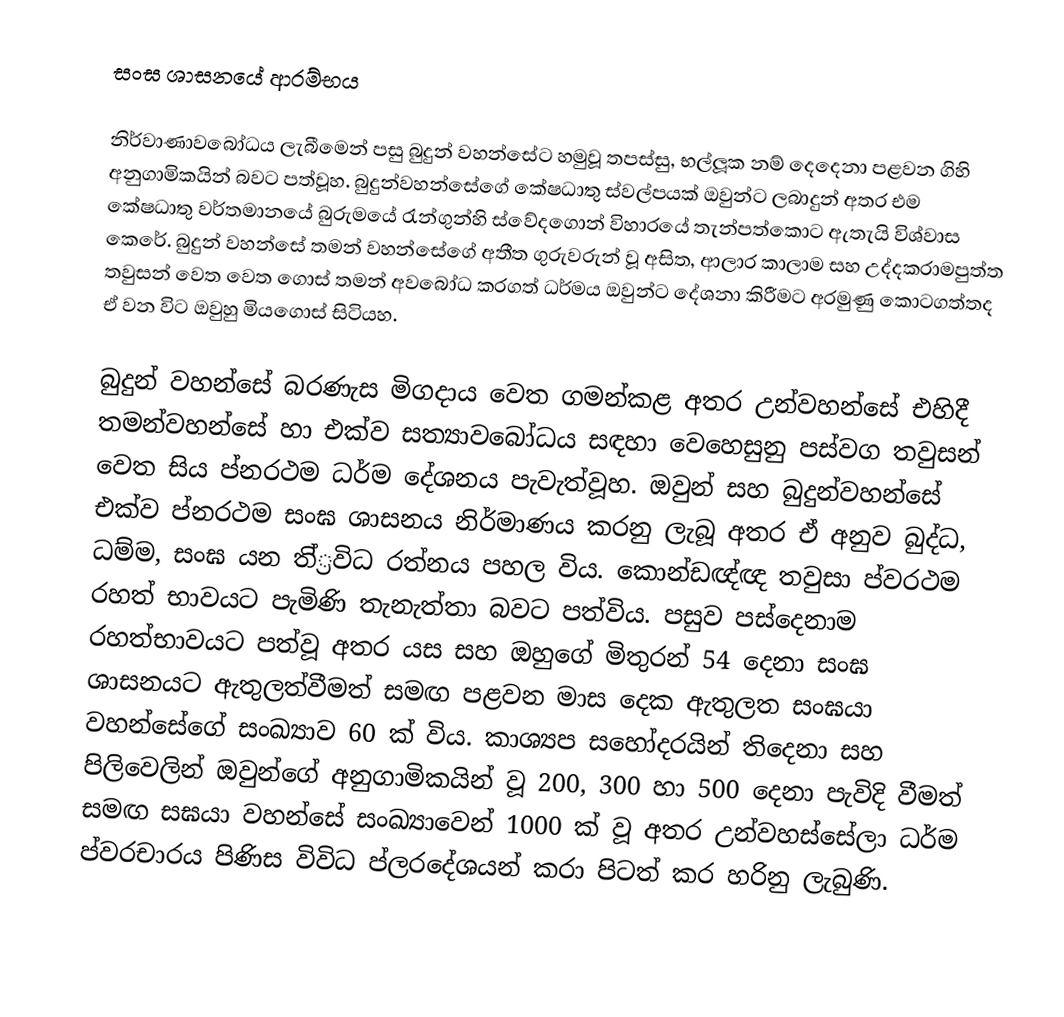
සංඝ ශාසනයේ ආරම්භය

නිර්වාණාවබෝධය ලැබීමෙන් පසු බුදුන් වහන්සේට හමුවූ තපස්සු, භල්ලූක නම් දෙදෙනා  පළවන ගිහි අනුගාමිකයින් බවට පත්වූහ. බුදුන්වහන්සේගේ කේෂධාතු ස්වල්පයක් ඔවුන්ට ලබාදුන් අතර එම කේෂධාතු වර්තමානයේ බුරුමයේ රැන්ගුන්හි ස්වේදගොන් විහාරයේ තැන්පත්කොට ඇතැයි විශ්වාස කෙරේ. බුදුන් වහන්සේ තමන් වහන්සේගේ අතීත ගුරුවරුන් වූ අසිත, ආලාර කාලාම සහ උද්දකරාමපුත්ත තවුසන් වෙත වෙත ගොස් තමන් අවබෝධ කරගත් ධර්මය ඔවුන්ට දේශනා කිරීමට අරමුණු කොටගත්තද ඒ වන විට ඔවුහු මියගොස් සිටියහ.

බුදුන් වහන්සේ බරණැස මිගදාය වෙත ගමන්කළ අතර උන්වහන්සේ එහිදී තමන්වහන්සේ හා එක්ව සත්‍යාවබෝධය සඳහා වෙහෙසුනු පස්වග තවුසන් වෙත සිය ප්න‍රථම ධර්ම දේශනය පැවැත්වූහ. ඔවුන් සහ බුදුන්වහන්සේ එක්ව ප්න‍රථම සංඝ ශාසනය නිර්මාණය කරනු ලැබූ අතර ඒ අනුව බුද්ධ, ධම්ම, සංඝ යන ති්්‍රවිධ රත්නය පහල විය. කොන්ඩඥ්ඥ තවුසා ප්ව‍රථම රහත් භාවයට පැමිණි තැනැත්තා බවට පත්විය. පසුව පස්දෙනාම රහත්භාවයට පත්වූ අතර යස සහ ඔහුගේ මිතුරන් 54 දෙනා සංඝ ශාසනයට ඇතුලත්වීමත් සමඟ පළවන මාස දෙක ඇතුලත සංඝයා වහන්සේගේ සංඛ්‍යාව 60 ක් විය. කාශ්‍යප සහෝදරයින් තිදෙනා සහ පිලිවෙලින් ඔවුන්ගේ අනුගාමිකයින් වූ 200, 300 හා 500 දෙනා පැවිදි වීමත් සමඟ සඝයා වහන්සේ සංඛ්‍යාවෙන් 1000 ක් වූ අතර උන්වහස්සේලා ධර්ම ප්ව‍රචාරය පිණිස විවිධ ප්ල‍රදේශයන් කරා පිටත් කර හරිනු ලැබුණි.